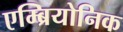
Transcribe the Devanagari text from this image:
एम्ब्रियोनिक